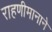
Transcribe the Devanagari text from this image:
राहणीमानाने